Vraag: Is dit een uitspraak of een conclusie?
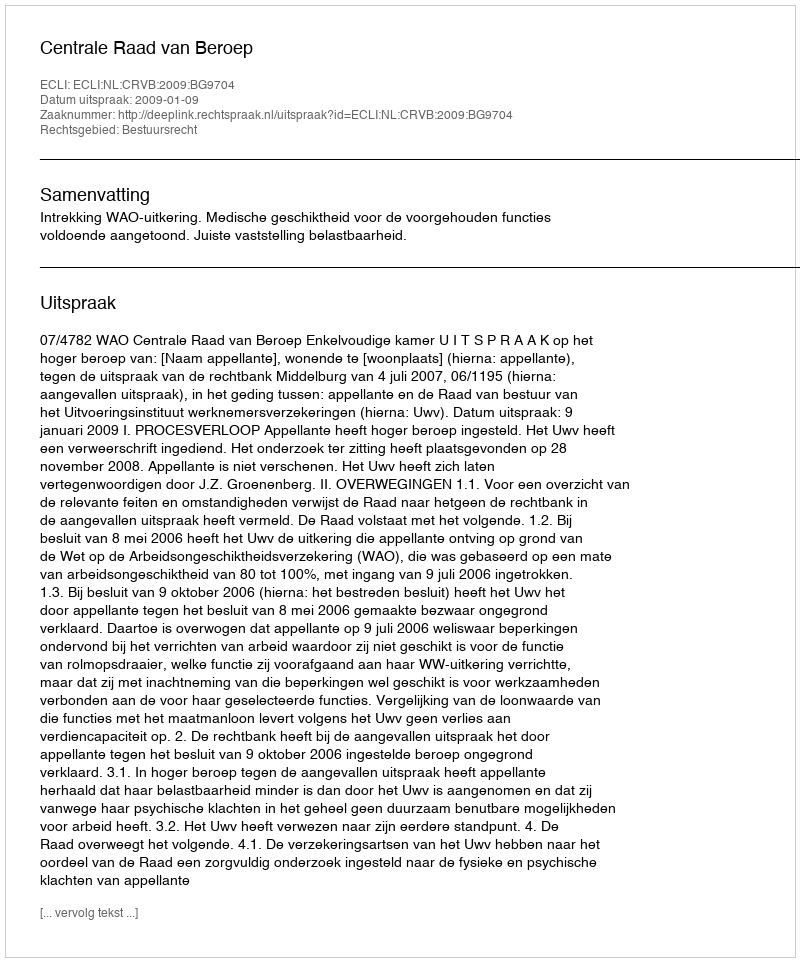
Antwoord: Uitspraak